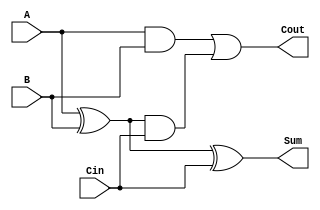
`timescale 1ns / 1ps
//////////////////////////////////////////////////////////////////////////////////
//////////////////////////////////////////////////////////////////////////////////
module Full_Adder( A, B, Cin, Sum, Cout);
	input  A, B, Cin;
	output Sum, Cout;	
	wire w;
	
	assign w = A ^ B;
	assign Sum = w ^ Cin;
	assign Cout = (A & B) | (w & Cin); 
	
endmodule